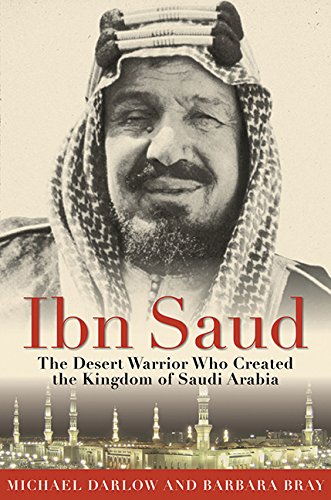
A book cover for Ibn Saud: The Desert Warrior Who Created the Kingdom of Saudi Arabia; Barbara Bray; History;